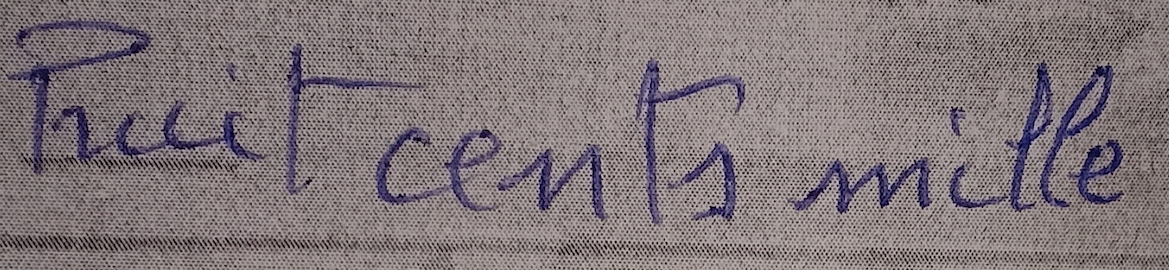
huit cents mille